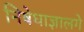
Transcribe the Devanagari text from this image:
निषेधाज्ञालगे